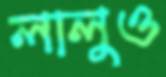
লালুও